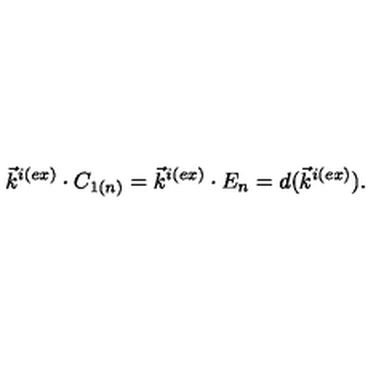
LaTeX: \vec { k } ^ { i ( e x ) } \cdot C _ { 1 ( n ) } = \vec { k } ^ { i ( e x ) } \cdot E _ { n } = d ( \vec { k } ^ { i ( e x ) } ) .